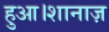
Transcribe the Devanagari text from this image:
हुआ।शानाज़